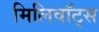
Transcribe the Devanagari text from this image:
मिलिवॉट्स